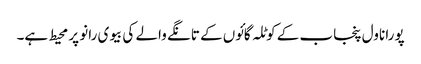
پورا ناول پنجاب کے کوٹلہ گائوں کے تانگے والے کی بیوی رانو پر محیط ہے۔